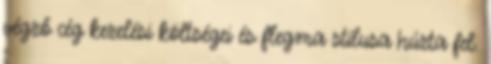
végző cég kezelési költségei és flegma stílusa húzta fel.